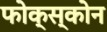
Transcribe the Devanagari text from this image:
फोक्स्कोन